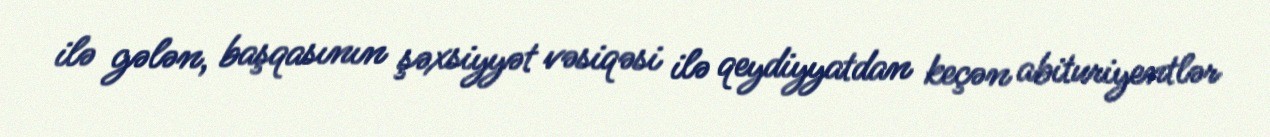
ilə gələn, başqasının şəxsiyyət vəsiqəsi ilə qeydiyyatdan keçən abituriyentlər